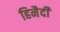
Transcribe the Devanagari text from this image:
हिनैदी